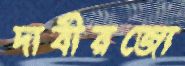
দাবীরজো